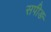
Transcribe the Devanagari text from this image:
सपीङ